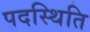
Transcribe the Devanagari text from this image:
पदस्थिति